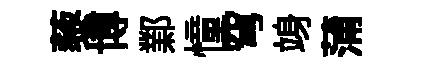
藜博鄴憧穹竧蒲